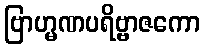
ဗြာဟ္မဏပရိဗ္ဗာဇကော